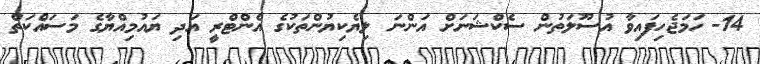
14- ހަމަޖެހިފައިވާ އުސޫލަތުން ސެކްޝަނަށް އަންނަ ލިޔެކިޔުންތަކުގެ އެންޓްރީ އަދި ޔައުމިއްޔާގެ މަސައްކަތް